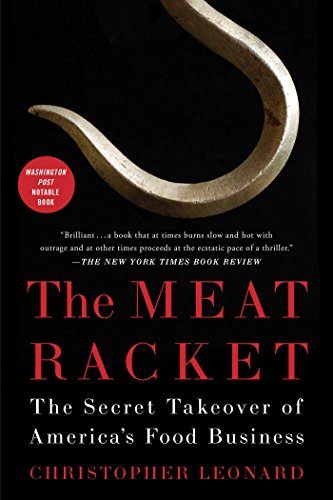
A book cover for The Meat Racket: The Secret Takeover of America's Food Business; Christopher Leonard; Science & Math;